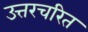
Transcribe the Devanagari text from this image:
उत्तरचरित